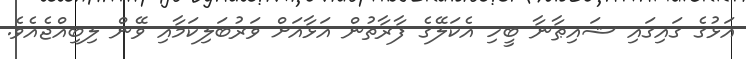
އަޅުގެ ގައިގައި ޝައިޠާނާ ބީހި އެކަލޭގެ ފާރާތުން އަޅާއަށް ވަރުބަލިކަމާއި ވޭން ލިބިއްޖެއެވެ.